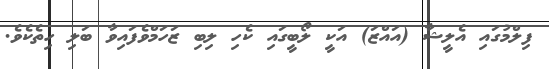
ފިލްމުގައި އެލީޝާ (އައްޒަ) އަކީ ލޯބީގައި ކެހި ލިބި ޒަހަމްވެފައިވާ ބަލި ހިތެކެވެ.